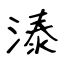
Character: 溙